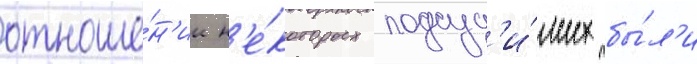
отноше́н'ии н'е́которых подсуд'и́мых бы́л'и